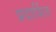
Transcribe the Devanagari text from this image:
प्रदार्शित